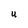
Character: U